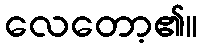
လေတော့၏။